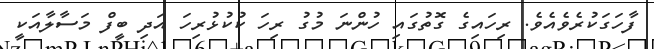
ފާހަގަކުރެވެއެވެ. ރިހައިގެ ގޮތުގައި ހުންނަ މުގު ރިހަ ކުކުޅުރިހަ އަދި ބީފް މަސާލާއަކީ